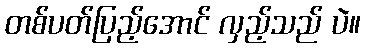
တစ်ပတ်ပြည့်အောင် လှည့်သည် ပဲ။